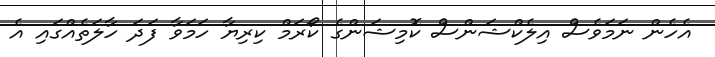
އެހެން ނަމަވެސް އިލެކްޝަންސް ކޮމިޝަންގެ ކޯރަމް ކިރިޔާ ހަމަވާ ފަދަ ހާލަތެއްގައި އެ